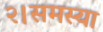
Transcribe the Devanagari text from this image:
२।समस्या